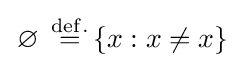
\left.\varnothing \right.\,{\overset {\mathrm {def.} }{=}}\left\{x:x\neq x\right\}